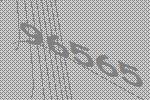
96565